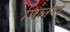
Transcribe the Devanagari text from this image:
पिलरों